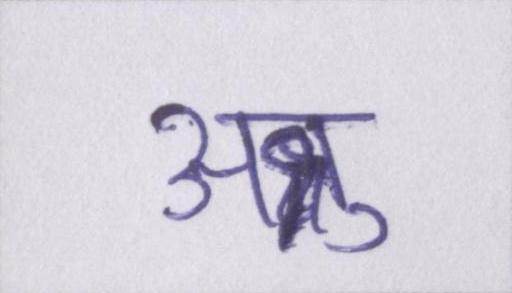
अश्रु